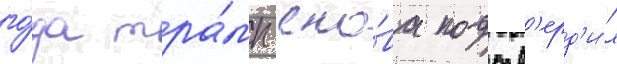
го́да тра́мп сно́ва подтв'ерд'и́л